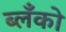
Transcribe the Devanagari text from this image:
ब्लँको